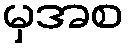
မှအစ